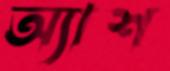
অ্যাশ